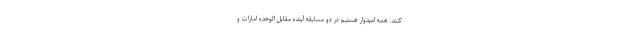
کنند. همه امیدوار هستیم در دو مسابقه آینده مقابل الوحده امارات و